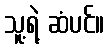
သူ့ရဲ့ ဆံပင်။